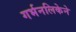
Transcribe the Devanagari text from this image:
गर्भनलिकेने